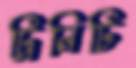
ট্রিনিটি